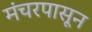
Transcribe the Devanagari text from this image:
मंचरपासून